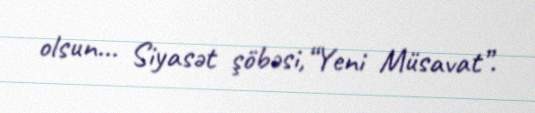
olsun... Siyasət şöbəsi,“Yeni Müsavat”.